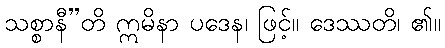
သစ္စာနီ”တိ ဣမိနာ ပဒေန၊ ဖြင့်။ ဒေဿတိ၊ ၏။